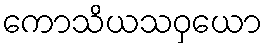
ကောသိယသဝှယော